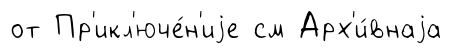
от Пр'икл'юче́н'иjе см Арх'и́внаjа